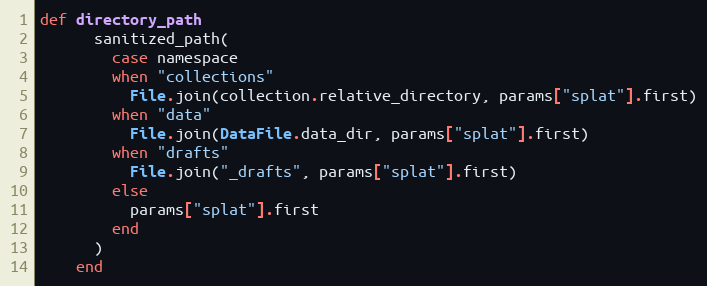
Language: Ruby
def directory_path
      sanitized_path(
        case namespace
        when "collections"
          File.join(collection.relative_directory, params["splat"].first)
        when "data"
          File.join(DataFile.data_dir, params["splat"].first)
        when "drafts"
          File.join("_drafts", params["splat"].first)
        else
          params["splat"].first
        end
      )
    end